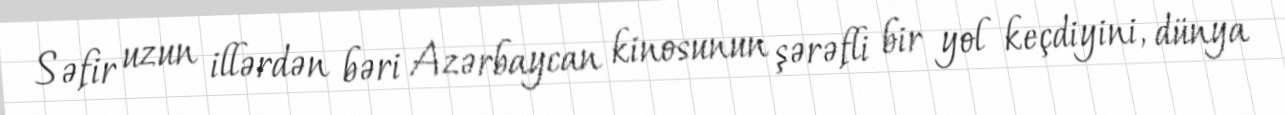
Səfir uzun illərdən bəri Azərbaycan kinosunun şərəfli bir yol keçdiyini, dünya